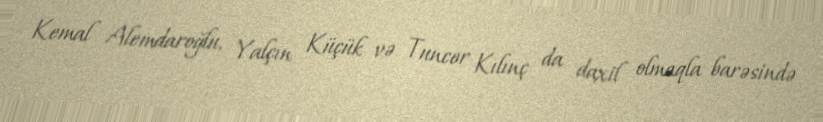
Kemal Alemdaroğlu, Yalçın Küçük və Tuncer Kılınç da daxil olmaqla barəsində